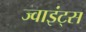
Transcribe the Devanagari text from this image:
ज्वाइंट्स